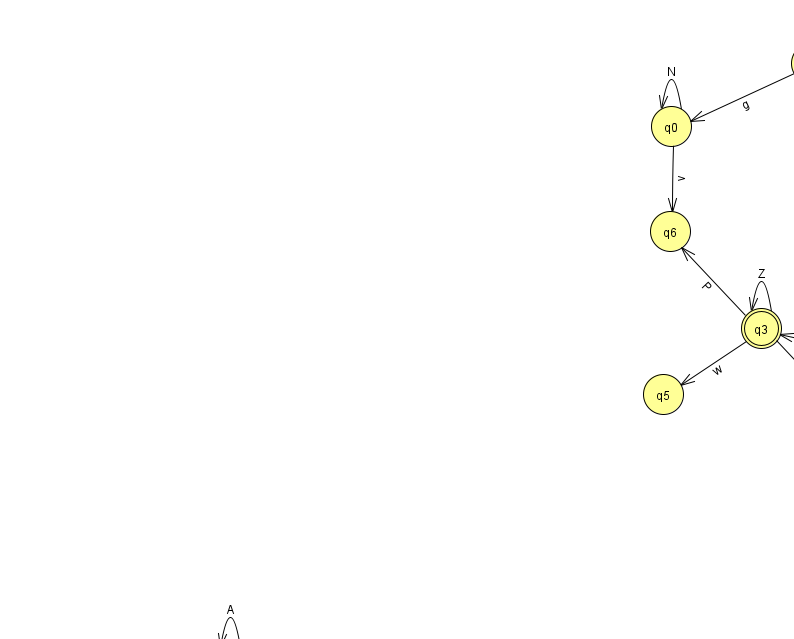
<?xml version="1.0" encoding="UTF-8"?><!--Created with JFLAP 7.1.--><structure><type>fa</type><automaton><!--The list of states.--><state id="0" name="q0"><x>671.0</x><y>113.0</y></state><state id="1" name="q1"><x>230.0</x><y>651.0</y><initial/><final/></state><state id="2" name="q2"><x>946.0</x><y>354.0</y></state><state id="3" name="q3"><x>761.0</x><y>315.0</y><final/></state><state id="4" name="q4"><x>811.0</x><y>50.0</y></state><state id="5" name="q5"><x>663.0</x><y>381.0</y></state><state id="6" name="q6"><x>670.0</x><y>218.0</y></state><state id="7" name="q7"><x>855.0</x><y>416.0</y></state><!--The list of transitions.--><transition><from>2</from><to>3</to><read>h</read></transition><transition><from>3</from><to>7</to><read>e</read></transition><transition><from>1</from><to>1</to><read>A</read></transition><transition><from>0</from><to>6</to><read>v</read></transition><transition><from>2</from><to>7</to><read>k</read></transition><transition><from>4</from><to>4</to><read>H</read></transition><transition><from>3</from><to>5</to><read>w</read></transition><transition><from>3</from><to>6</to><read>P</read></transition><transition><from>3</from><to>3</to><read>Z</read></transition><transition><from>4</from><to>0</to><read>g</read></transition><transition><from>0</from><to>0</to><read>N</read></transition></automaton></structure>